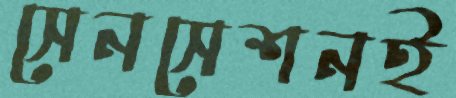
সেনসেশনই